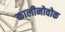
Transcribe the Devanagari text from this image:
कालीनोवोक